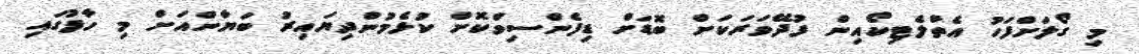
މި ގޯލަށްފަހު އެތްލެޓިކޯއިން ފުދޭވަރަކަށް ބޮޑަށް ޑިފެންސިވްކޮށް ކުޅެމުންދިޔައިރު ބަޔާންއަށް މި ހާފުގައި